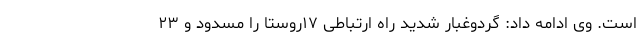
است. وی ادامه داد: گردوغبار شدید راه ارتباطی ۱۷روستا را مسدود و ۲۳